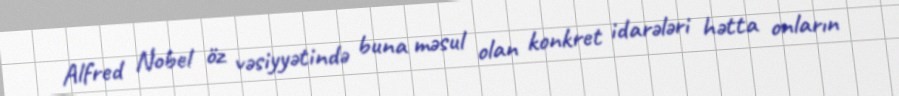
Alfred Nobel öz vəsiyyətində buna məsul olan konkret idarələri hətta onların